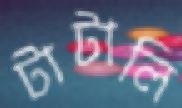
টাটালি